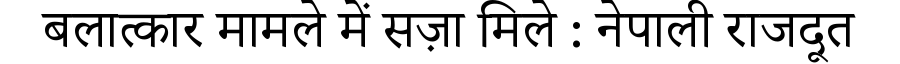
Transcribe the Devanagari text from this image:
बलात्कार मामले में सज़ा मिले : नेपाली राजदूत